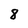
Character: 8